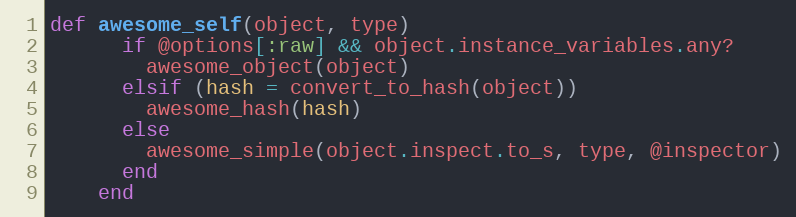
Language: Ruby
def awesome_self(object, type)
      if @options[:raw] && object.instance_variables.any?
        awesome_object(object)
      elsif (hash = convert_to_hash(object))
        awesome_hash(hash)
      else
        awesome_simple(object.inspect.to_s, type, @inspector)
      end
    end